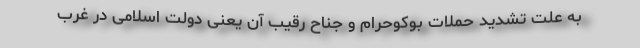
به علت تشدید حملات بوکوحرام و جناح رقیب آن یعنی دولت اسلامی در غرب